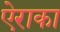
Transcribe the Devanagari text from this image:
ऐराका